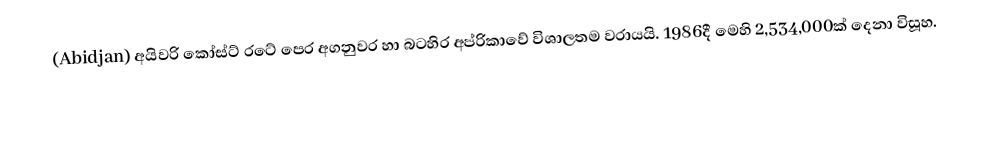
(Abidjan) අයිවරි කෝස්ට් රටේ පෙර අගනුවර හා බටහිර අප්රිකාවේ විශාලතම වරායයි. 1986දී මෙහි 2,534,000ක් දෙනා විසූහ.